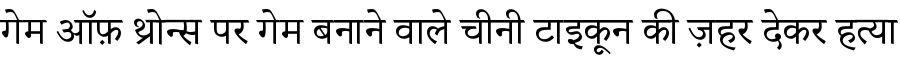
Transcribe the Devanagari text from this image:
गेम ऑफ़ थ्रोन्स पर गेम बनाने वाले चीनी टाइकून की ज़हर देकर हत्या